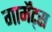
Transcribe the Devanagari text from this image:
गार्मेंट्स